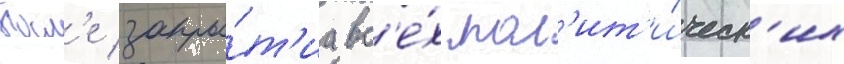
Посл'е закры́т'иа вс'е́х пол'ит'и́ческ'их